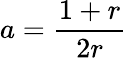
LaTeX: a=\frac{1+r}{2r}